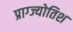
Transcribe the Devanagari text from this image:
प्राग्ज्योतिश